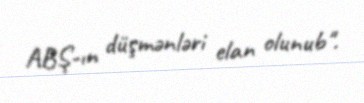
ABŞ-ın düşmənləri elan olunub".